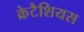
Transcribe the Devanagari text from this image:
क्रेटैशियस